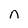
Character: n